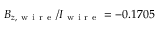
B _ { z , \mathrm { ~ w ~ i ~ r ~ e ~ } } / I _ { \mathrm { ~ w ~ i ~ r ~ e ~ } } = - 0 . 1 7 0 5